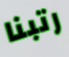
رتبنا